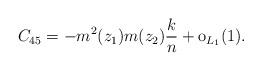
LaTeX: \begin{align*} C_{45}=-m^2(z_1)m(z_2)\frac{k}{n}+\mathrm{o}_{L_1}(1).\end{align*}